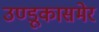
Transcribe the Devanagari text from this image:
उण्डूकासमेर